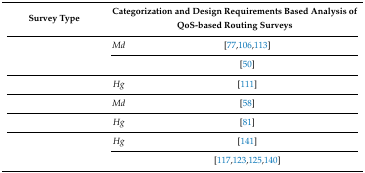
<table><thead><tr><td><b>Survey Type</b></td><td colspan="2"><b>Categorization and Design Requirements Based Analysis of QoS-based Routing Surveys</b></td></tr></thead><tbody><tr><td rowspan="2">[EMPTY_CELL]</td><td><i>Md</i></td><td>[77,106,113]</td></tr><tr><td>[EMPTY_CELL]</td><td>[50]</td></tr><tr><td>[EMPTY_CELL]</td><td><i>Hg</i></td><td>[111]</td></tr><tr><td>[EMPTY_CELL]</td><td><i>Md</i></td><td>[58]</td></tr><tr><td>[EMPTY_CELL]</td><td><i>Hg</i></td><td>[81]</td></tr><tr><td rowspan="2">[EMPTY_CELL]</td><td><i>Hg</i></td><td>[141]</td></tr><tr><td>[EMPTY_CELL]</td><td>[117,123,125,140]</td></tr></tbody></table>